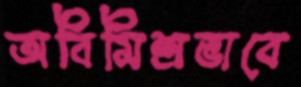
অবিমিশ্রভাবে